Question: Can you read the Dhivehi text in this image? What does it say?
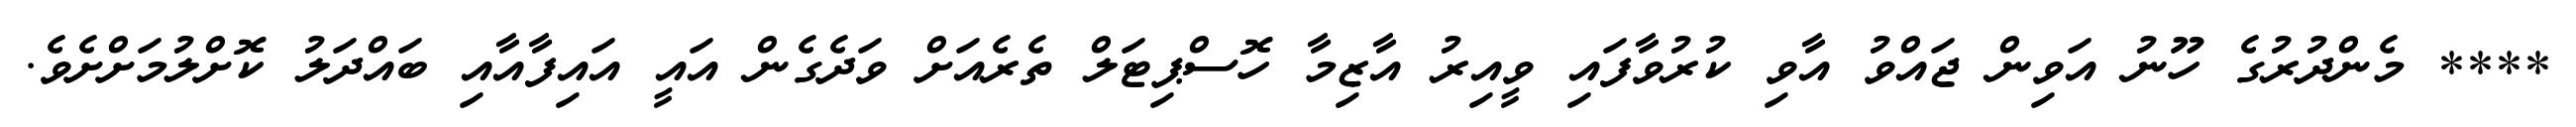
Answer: **** މެންދުރުގެ ހޫނު އަވިން ޖައްވު އާވި ކުރުވާފައި ވީއިރު އާޒިމާ ހޮސްޕިޓަލް ތެރެއަށް ވަދެގެން އައީ އައިފާއާއި ބައްދަލު ކޮށްލުމަށްށެވެ.